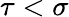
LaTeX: \tau<\sigma